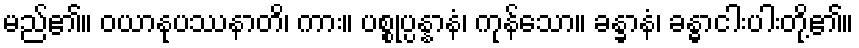
မည်၏။ ဝယာနုပဿနာတိ၊ ကား။ ပစ္စုပ္ပန္နာနံ၊ ကုန်သော။ ခန္ခာနံ၊ ခန္ဓာငါးပါးတို့၏။